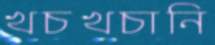
খচখচানি